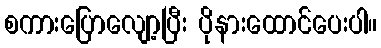
စကားပြောလျော့ပြီး ပိုနားထောင်ပေးပါ။